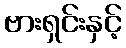
ဗားရှင်းနှင့်